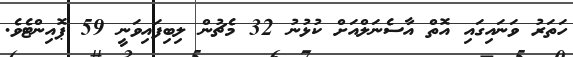
ހަތަރު ވަނައިގައި އޮތް އާސެނަލްއަށް ކުޅުނު 32 މެޗުން ލިބިފައިވަނީ 59 ޕޮއިންޓެވެ.